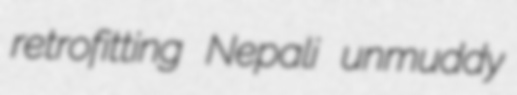
retrofitting Nepali unmuddy